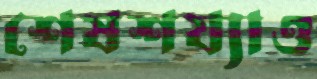
শেষশয্যাও